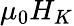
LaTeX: {\mu}_{0}H_{{K}}